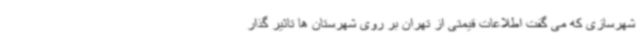
شهرسازی که می گفت اطلاعات قیمتی از تهران بر روی شهرستان ها تاثیر گذار